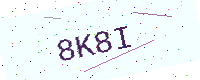
Text: 8K8I